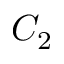
C _ { 2 }